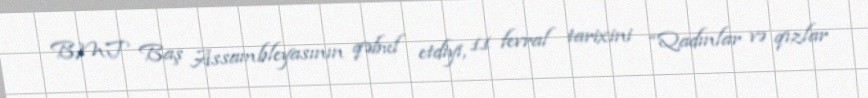
BMT Baş Assambleyasının qəbul etdiyi, 11 fevral tarixini “Qadınlar və qızlar